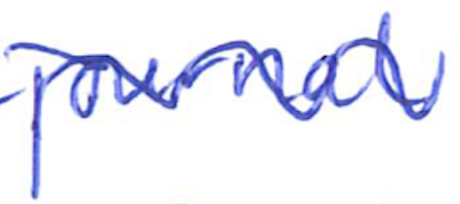
Text: journal
Cross-out: wave
Writing tool: ballpoint